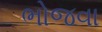
ભોજવા